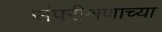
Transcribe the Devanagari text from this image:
संपरीक्षणाच्या